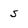
Character: s